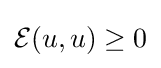
{\mathcal {E}}(u,u)\geq 0